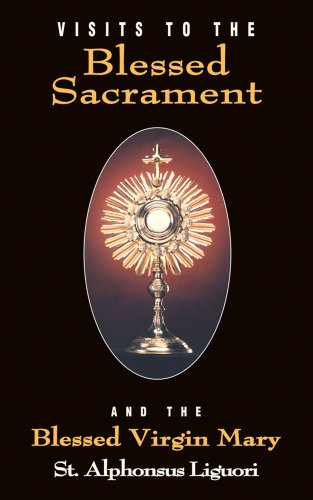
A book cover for Visits To The Blessed Sacrament and the Blessed Virgin Mary; Liguori; Christian Books & Bibles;